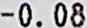
-0.08